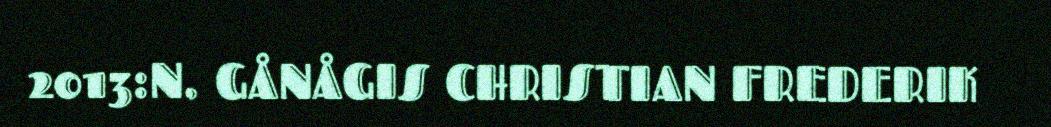
2013:N. GÅNÅGIS CHRISTIAN FREDERIK